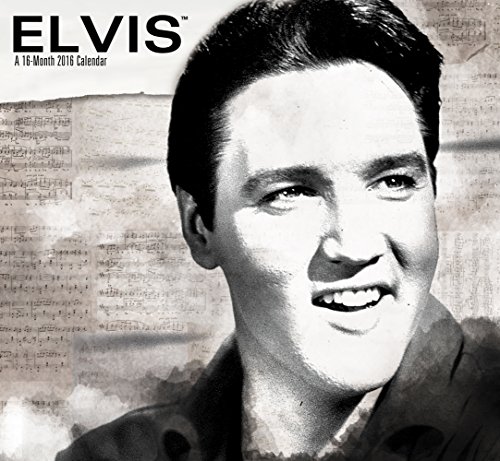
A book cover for Elvis Presley Mini Wall Calendar (2016); Day Dream; Calendars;